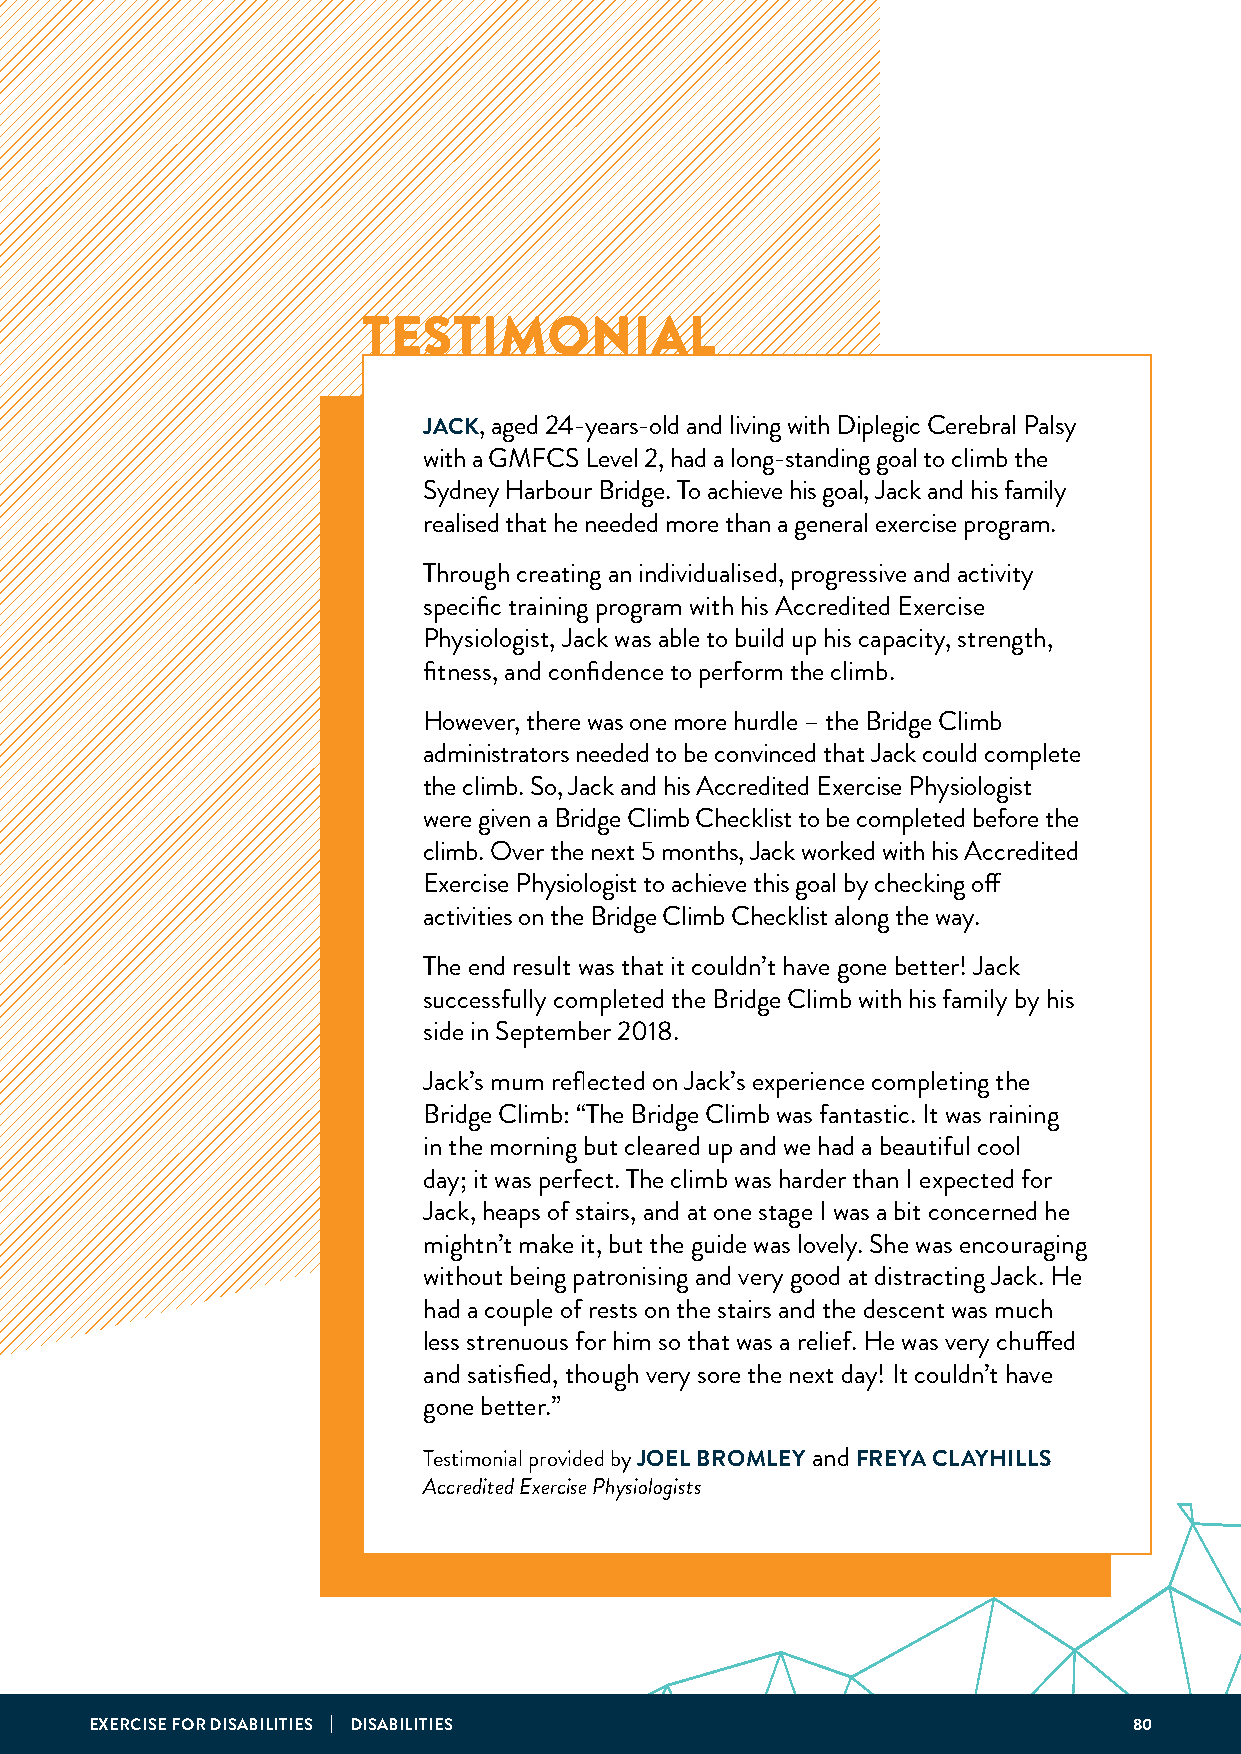
TESTIMONIAL
 JACK, aged 24-years-old and living with Diplegic Cerebral Palsy
 with a GMFCS Level 2, had a long-standing goal to climb the
 Sydney Harbour Bridge. To achieve his goal, Jack and his family
 realised that he needed more than a general exercise program.
 Through creating an individualised, progressive and activity
 specific training program with his Accredited Exercise
 Physiologist, Jack was able to build up his capacity, strength,
 fitness, and confidence to perform the climb.
 However, there was one more hurdle – the Bridge Climb
 administrators needed to be convinced that Jack could complete
 the climb. So, Jack and his Accredited Exercise Physiologist
 were given a Bridge Climb Checklist to be completed before the
 climb. Over the next 5 months, Jack worked with his Accredited
 Exercise Physiologist to achieve this goal by checking off
 activities on the Bridge Climb Checklist along the way.
 The end result was that it couldn’t have gone better! Jack
 successfully completed the Bridge Climb with his family by his
 side in September 2018.
 Jack’s mum reflected on Jack’s experience completing the
 Bridge Climb: “The Bridge Climb was fantastic. It was raining
 in the morning but cleared up and we had a beautiful cool
 day; it was perfect. The climb was harder than I expected for
 Jack, heaps of stairs, and at one stage I was a bit concerned he
 mightn’t make it, but the guide was lovely. She was encouraging
 without being patronising and very good at distracting Jack. He
 had a couple of rests on the stairs and the descent was much
 less strenuous for him so that was a relief. He was very chuffed
 and satisfied, though very sore the next day! It couldn’t have
 gone better.”
 Testimonial provided by JOEL BROMLEY and FREYA CLAYHILLS
 Accredited Exercise Physiologists
 EXERCISE FOR DISABILITIES | DISABILITIES                             80